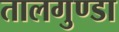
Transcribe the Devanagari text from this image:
तालगुण्डा